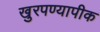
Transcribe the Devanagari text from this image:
खुरपण्यापीक